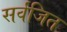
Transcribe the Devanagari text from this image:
सर्वंजित